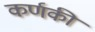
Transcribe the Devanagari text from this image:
कर्णकी